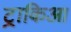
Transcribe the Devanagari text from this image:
ट्राकिआ